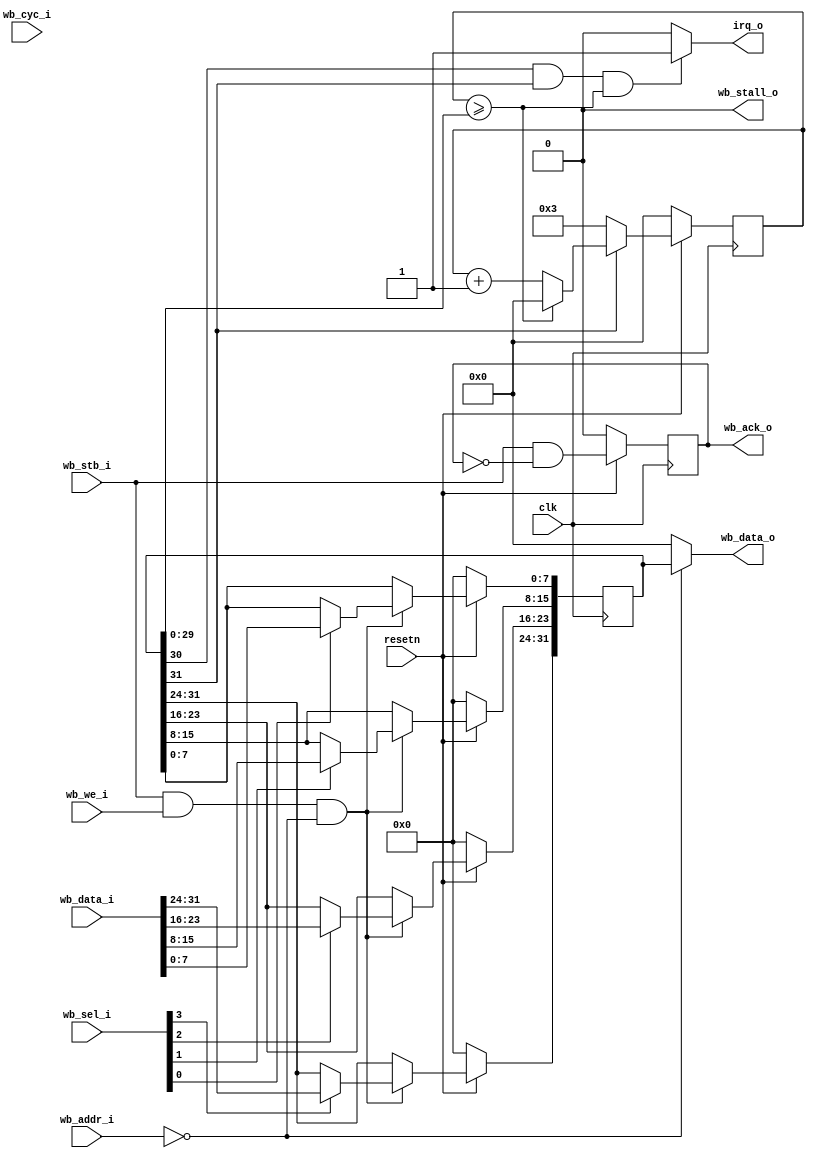
`timescale 1ns / 1ps

module wb_timer # (
    parameter ADDR_CTRL       = 'h0,
    parameter ADDR_CNT        = 'h0,
    parameter CTRL_CNT_WIDTH  = 30,
    parameter CTRL_ENABLE_IRQ = 30,
    parameter CTRL_ENABLE_CNT = 31
) (
    input  clk,
    input  resetn,

    input             wb_cyc_i,
    input             wb_stb_i,
    input             wb_we_i,
    input [31:0]      wb_addr_i,
    input [31:0]      wb_data_i,
    input [3:0]       wb_sel_i,

    output reg        wb_ack_o,
    output            wb_stall_o,
    output reg [31:0] wb_data_o,

    output             irq_o
);
    reg [31:0] reg_cnt;
    reg [31:0] reg_ctrl;

    assign irq_o = ((reg_ctrl[CTRL_ENABLE_IRQ] == 1'b1)
                    && (reg_ctrl[CTRL_ENABLE_CNT] == 1'b1)
                    && (reg_cnt >= reg_ctrl[CTRL_CNT_WIDTH - 1:0])) ? 1'b1 : 1'b0;

    assign wb_stall_o = 0;

    always @(posedge clk) begin
        if (!resetn) begin
            reg_cnt  <= 32'b0;
            reg_ctrl <= 32'b0;
            wb_ack_o <= 1'b0;
        end else begin
            reg_cnt <= (reg_ctrl[CTRL_ENABLE_CNT] == 1'b0) ? 3 :
                       (reg_cnt >= reg_ctrl[CTRL_CNT_WIDTH - 1:0]) ? 32'b0 :
                       (reg_cnt + 1);

            wb_ack_o <= wb_stb_i && !wb_ack_o;

            if (wb_stb_i && wb_we_i && (wb_addr_i == ADDR_CTRL)) begin
                if (wb_sel_i[0]) reg_ctrl[7:0]   <= wb_data_i[7:0];
                if (wb_sel_i[1]) reg_ctrl[15:8]  <= wb_data_i[15:8];
                if (wb_sel_i[2]) reg_ctrl[23:16] <= wb_data_i[23:16];
                if (wb_sel_i[3]) reg_ctrl[31:24] <= wb_data_i[31:24];
            end
        end
    end

    always @(*) begin
        case (wb_addr_i)
            ADDR_CTRL: wb_data_o = reg_ctrl;
            ADDR_CNT: wb_data_o = reg_cnt;
            default: wb_data_o = 'b0;
        endcase
    end
endmodule